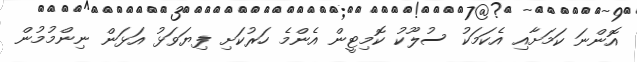
އޮންނަ ކަމަށާއި އެކަމަކު ސުލޫކު ކޮމިޓީން އެންމެ ހަރުކަށި ފިޔަވަޅު އަޅަން ނިންމުމުން